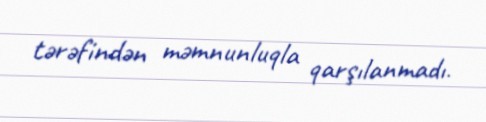
tərəfindən məmnunluqla qarşılanmadı.